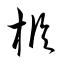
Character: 樞